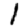
Digit: 1